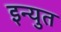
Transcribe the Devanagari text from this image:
इन्युत